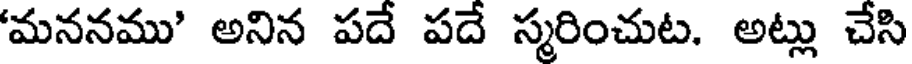
'మననము' అనిన పదే పదే స్మరించుట. అట్లు చేసి